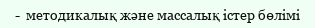
-  методикалық және массалық істер бөлімі